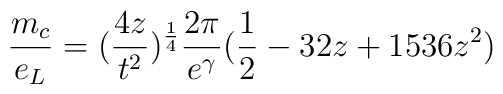
\frac{m_{c}}{e_{L}}=(\frac{4z}{t^{2}})^{\frac{1}{4}}\frac{2\pi}{e^{\gamma}}(\frac{1}{2}-32z+1536z^2)